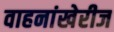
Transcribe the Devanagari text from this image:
वाहनांखेरीज